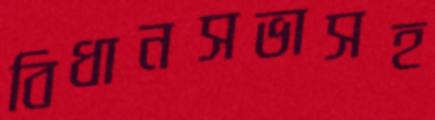
বিধানসভাসহ